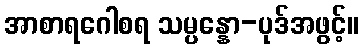
အာစာရဂေါစရ သမ္ပန္နော-ပုဒ်အဖွင့်။